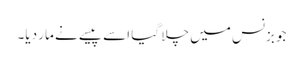
جو بزنس میں چلا گیا اسے پیسے نے مار دیا۔